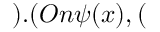
) . ( O n \psi ( x ) , (